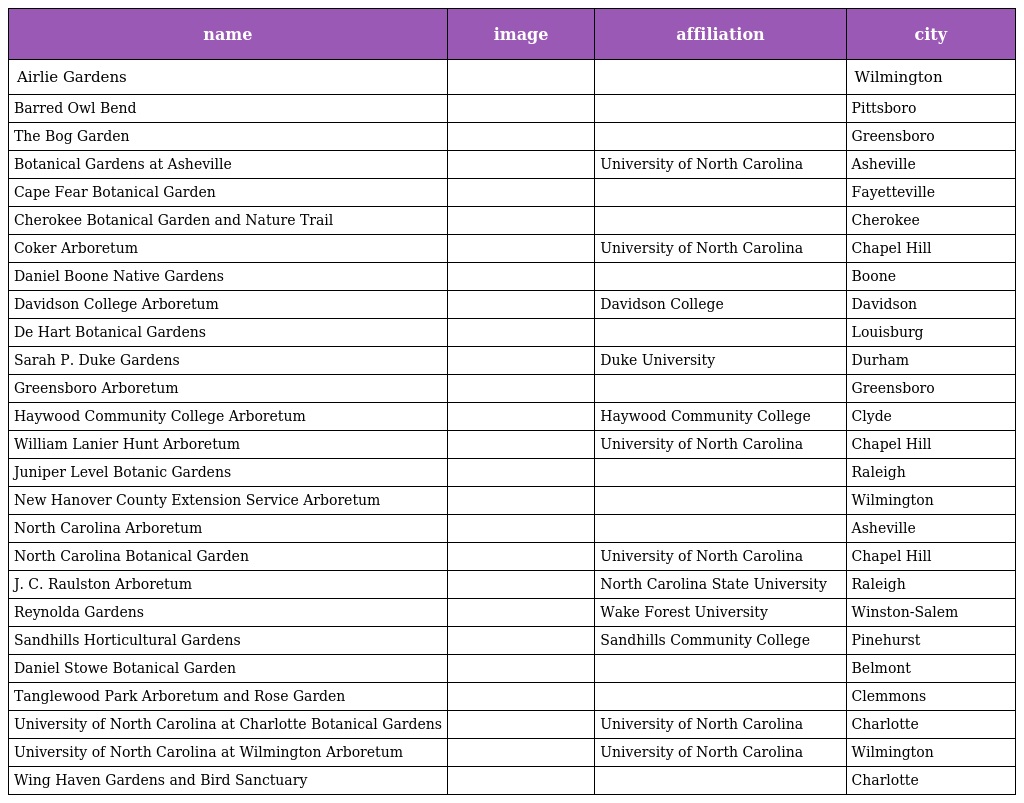
| name | image | affiliation | city |
 | --- | --- | --- | --- |
 | Airlie Gardens |  |  | Wilmington |
 | Barred Owl Bend |  |  | Pittsboro |
 | The Bog Garden |  |  | Greensboro |
 | Botanical Gardens at Asheville |  | University of North Carolina | Asheville |
 | Cape Fear Botanical Garden |  |  | Fayetteville |
 | Cherokee Botanical Garden and Nature Trail |  |  | Cherokee |
 | Coker Arboretum |  | University of North Carolina | Chapel Hill |
 | Daniel Boone Native Gardens |  |  | Boone |
 | Davidson College Arboretum |  | Davidson College | Davidson |
 | De Hart Botanical Gardens |  |  | Louisburg |
 | Sarah P. Duke Gardens |  | Duke University | Durham |
 | Greensboro Arboretum |  |  | Greensboro |
 | Haywood Community College Arboretum |  | Haywood Community College | Clyde |
 | William Lanier Hunt Arboretum |  | University of North Carolina | Chapel Hill |
 | Juniper Level Botanic Gardens |  |  | Raleigh |
 | New Hanover County Extension Service Arboretum |  |  | Wilmington |
 | North Carolina Arboretum |  |  | Asheville |
 | North Carolina Botanical Garden |  | University of North Carolina | Chapel Hill |
 | J. C. Raulston Arboretum |  | North Carolina State University | Raleigh |
 | Reynolda Gardens |  | Wake Forest University | Winston-Salem |
 | Sandhills Horticultural Gardens |  | Sandhills Community College | Pinehurst |
 | Daniel Stowe Botanical Garden |  |  | Belmont |
 | Tanglewood Park Arboretum and Rose Garden |  |  | Clemmons |
 | University of North Carolina at Charlotte Botanical Gardens |  | University of North Carolina | Charlotte |
 | University of North Carolina at Wilmington Arboretum |  | University of North Carolina | Wilmington |
 | Wing Haven Gardens and Bird Sanctuary |  |  | Charlotte |